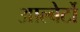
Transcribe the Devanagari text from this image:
आल्बेर्टो